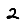
Digit: 2